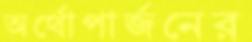
অর্থোপার্জনের